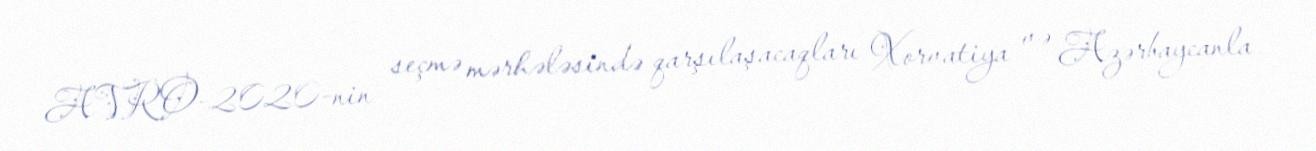
AVRO-2020-nin seçmə mərhələsində qarşılaşacaqları Xorvatiya və Azərbaycanla